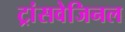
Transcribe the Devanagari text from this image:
ट्रांसवेजिनल